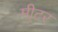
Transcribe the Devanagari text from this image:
मी्टर